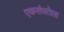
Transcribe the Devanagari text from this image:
एकसंधतेला